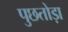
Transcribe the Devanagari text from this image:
पुछतोड़ा